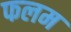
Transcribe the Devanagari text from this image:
फलम